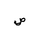
Letter: _sad